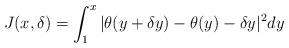
LaTeX: \begin{align*} J(x,\delta) = \int_1^{x} |\theta(y+\delta y)- \theta(y) - \delta y|^2 dy\end{align*}